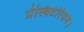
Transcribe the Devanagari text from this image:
प्रेस्बिटेरियन।